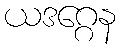
ယဒဂ္ဂေန